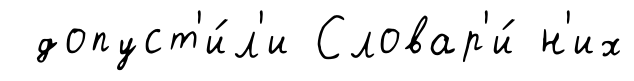
допуст'и́л'и Словар'и́ н'их